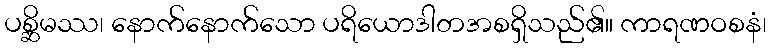
ပစ္ဆိမဿ၊ နောက်နောက်သော ပရိယောဒါတအစရှိသည်၏။ ကာရဏဝစနံ၊